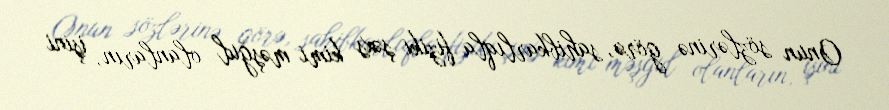
Onun sözlərinə görə, sahibkarlıqla fiziki şəxs kimi məşğul olanların, işini